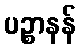
ပဉ္စာနန်